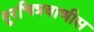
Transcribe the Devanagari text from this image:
दूरचित्रवाणीस